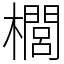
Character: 櫚